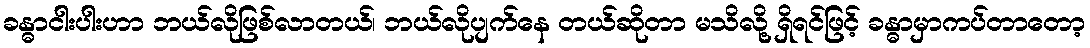
ခန္ဓာငါးပါးဟာ ဘယ်လိုဖြစ်လာတယ်၊ ဘယ်လိုပျက်နေ တယ်ဆိုတာ မသိလို့ ရှိရင်ဖြင့် ခန္ဓာမှာကပ်တာတော့